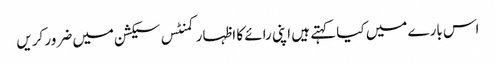
اس بارے میں کیا کہتے ہیں اپنی رائے کا اظہار کمنٹس سیکشن میں ضرور کریں